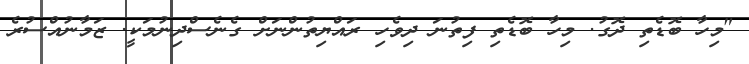
"މިހާ ބޮޑެތި ދޮގު. މިހާ ބޮޑެތި ފިތުނަ ދިވެހި ރައްޔިތުންނަށް ގެނެސްދިނުމަކީ. ޒަމާނުއްސުރެ